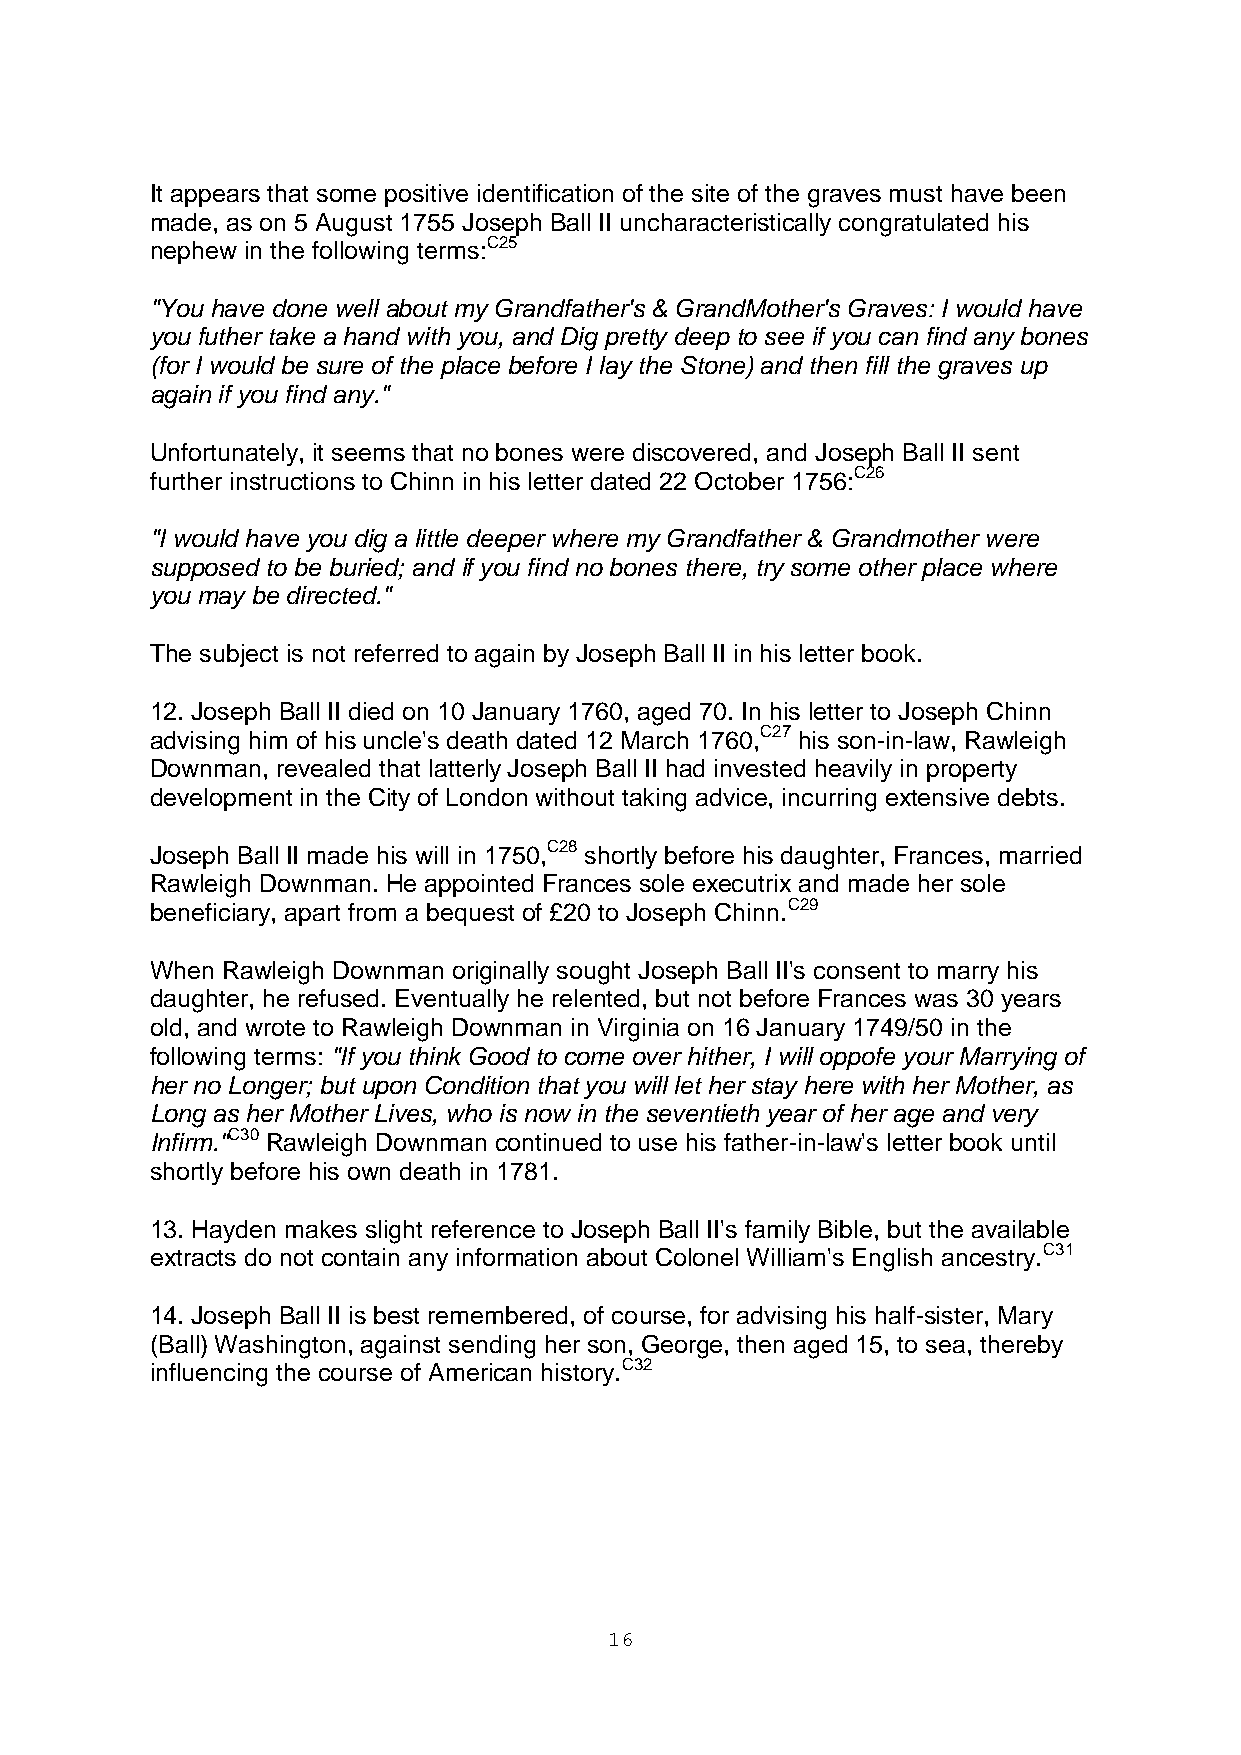
It appears that some positive identification of the site of the graves must have been
 made, as on 5 August 1755 Joseph Ball II uncharacteristically congratulated his
 nephew in the following terms:C25
 "You have done well about my Grandfather's & GrandMother's Graves: I would have
 you futher take a hand with you, and Dig pretty deep to see if you can find any bones
 (for I would be sure of the place before I lay the Stone) and then fill the graves up
 again if you find any."
 Unfortunately, it seems that no bones were discovered, and Joseph Ball II sent
 further instructions to Chinn in his letter dated 22 October 1756:C26
 "I would have you dig a little deeper where my Grandfather & Grandmother were
 supposed to be buried; and if you find no bones there, try some other place where
 you may be directed."
 The subject is not referred to again by Joseph Ball II in his letter book.
 12. Joseph Ball II died on 10 January 1760, aged 70. In his letter to Joseph Chinn
 advising him of his uncle's death dated 12 March 1760,C27 his son-in-law, Rawleigh
 Downman, revealed that latterly Joseph Ball II had invested heavily in property
 development in the City of London without taking advice, incurring extensive debts.
 Joseph Ball II made his will in 1750,C28 shortly before his daughter, Frances, married
 Rawleigh Downman. He appointed Frances sole executrix and made her sole
 beneficiary, apart from a bequest of £20 to Joseph Chinn.C29
 When Rawleigh Downman originally sought Joseph Ball II's consent to marry his
 daughter, he refused. Eventually he relented, but not before Frances was 30 years
 old, and wrote to Rawleigh Downman in Virginia on 16 January 1749/50 in the
 following terms: "If you think Good to come over hither, I will oppofe your Marrying of
 her no Longer; but upon Condition that you will let her stay here with her Mother, as
 Long as her Mother Lives, who is now in the seventieth year of her age and very
 Infirm."C30 Rawleigh Downman continued to use his father-in-law's letter book until
 shortly before his own death in 1781.
 13. Hayden makes slight reference to Joseph Ball II's family Bible, but the available
 extracts do not contain any information about Colonel William's English ancestry.C31
 14. Joseph Ball II is best remembered, of course, for advising his half-sister, Mary
 (Ball) Washington, against sending her son, George, then aged 15, to sea, thereby
 influencing the course of American history.C32
 16